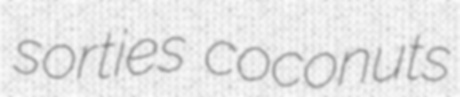
sorties coconuts